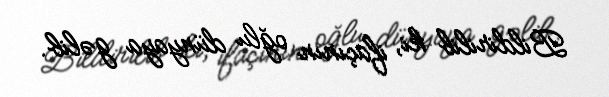
Bildirilib ki, ifaçının oğlu dünyaya gəlib.